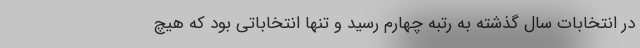
در انتخابات سال گذشته به رتبه چهارم رسید و تنها انتخاباتی بود که هیچ